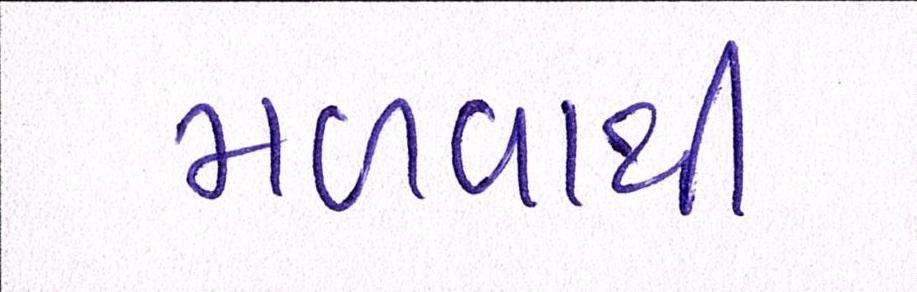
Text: મળવાથી